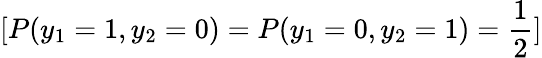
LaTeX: [P(y_{1}=1,y_{2}=0)=P(y_{1}=0,y_{2}=1)={\frac{1}{2}}]